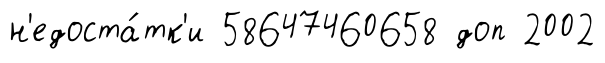
н'едоста́тк'и 58647460658 доп 2002